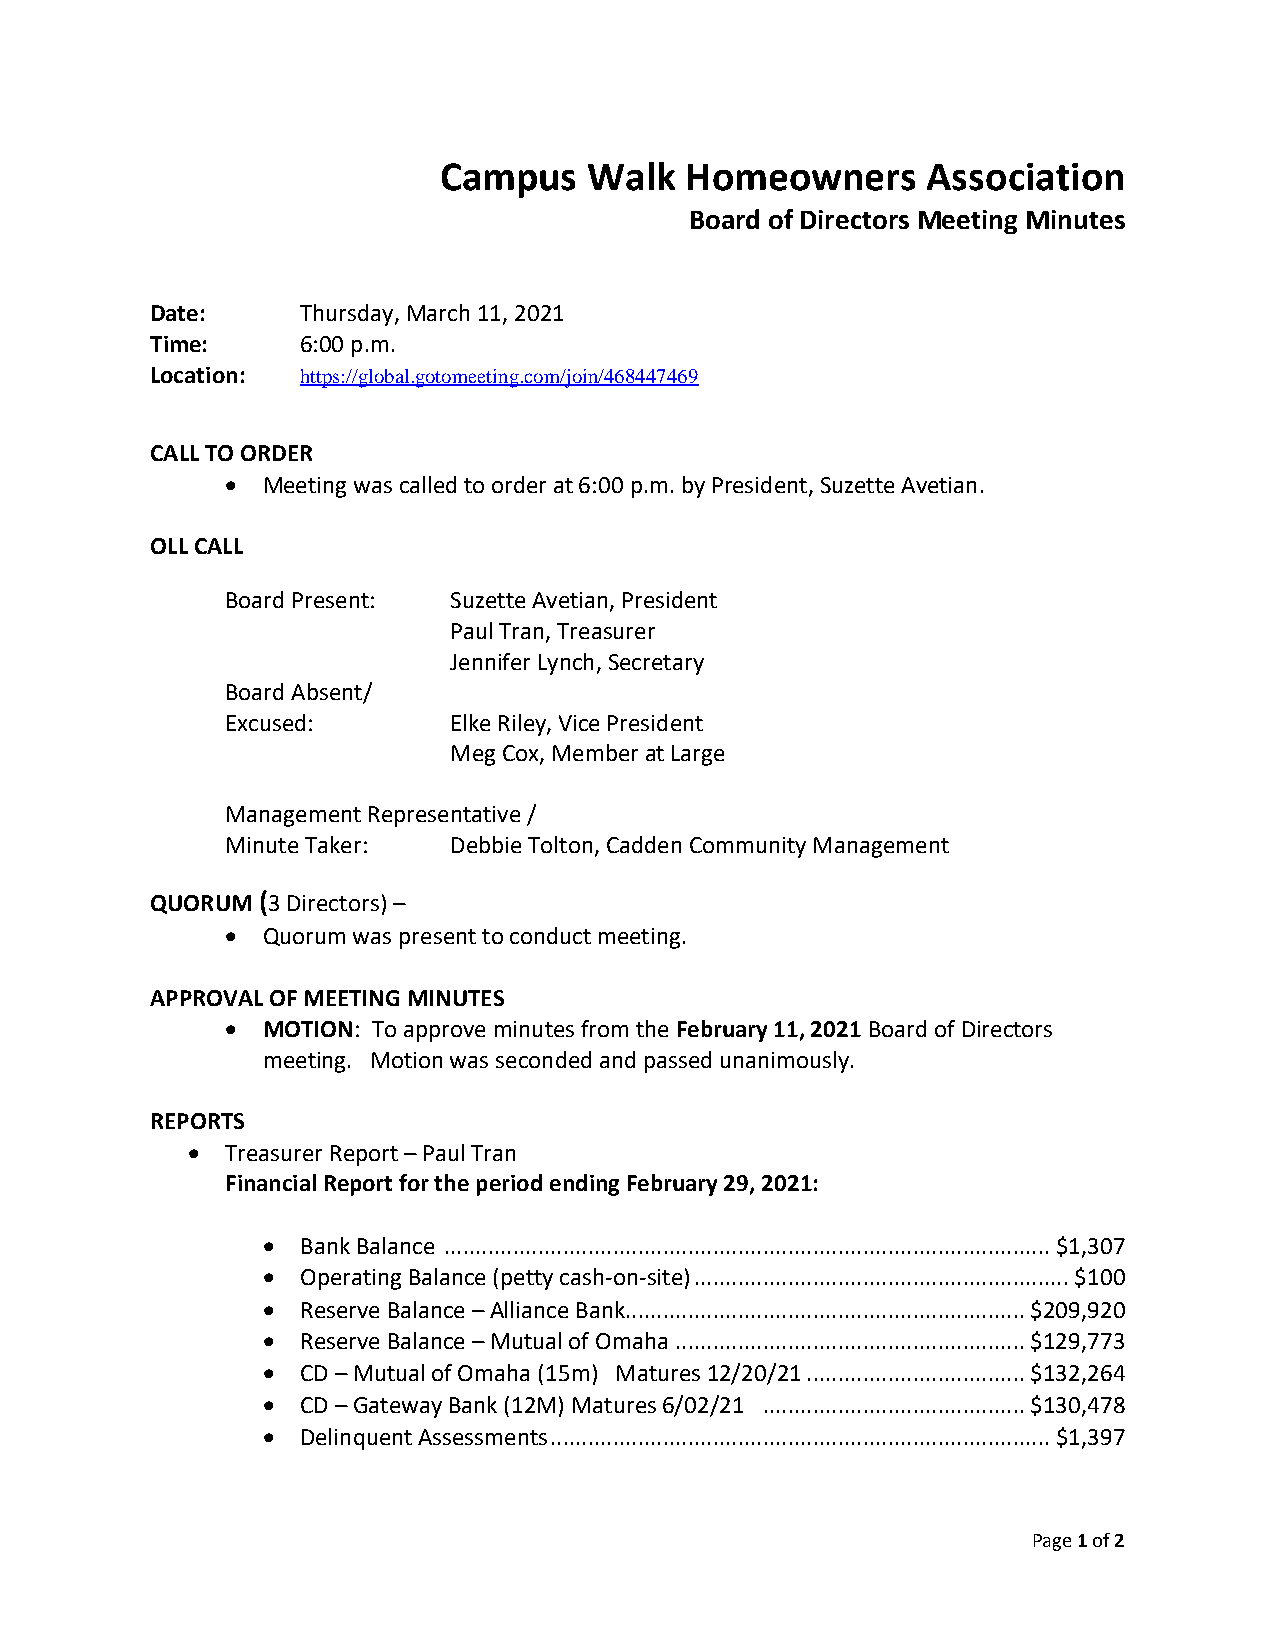
Campus    Walk  Homeowners      Association
 Board of Directors Meeting Minutes
 Date:     Thursday, March 11, 2021
 Time:     6:00 p.m.
 Location: https://global.gotomeeting.com/join/468447469
 CALL TO ORDER
  Meeting was called to order at 6:00 p.m. by President, Suzette Avetian.
 OLL CALL
 Board Present: Suzette Avetian, President
 Paul Tran, Treasurer
 Jennifer Lynch, Secretary
 Board Absent/
 Excused:       Elke Riley, Vice President
 Meg Cox, Member at Large
 Management Representative /
 Minute Taker:  Debbie Tolton, Cadden Community Management
 QUORUM (3 Directors) –
  Quorum was present to conduct meeting.
 APPROVAL OF MEETING MINUTES
  MOTION: To approve minutes from the February 11, 2021 Board of Directors
 meeting. Motion was seconded and passed unanimously.
 REPORTS
   Treasurer Report – Paul Tran
 Financial Report for the period ending February 29, 2021:
   Bank Balance ................................................................................................. $1,307
   Operating Balance (petty cash-on-site) ............................................................ $100
   Reserve Balance – Alliance Bank................................................................ $209,920
   Reserve Balance – Mutual of Omaha ........................................................ $129,773
   CD – Mutual of Omaha (15m) Matures 12/20/21 ................................... $132,264
   CD – Gateway Bank (12M) Matures 6/02/21 .......................................... $130,478
   Delinquent Assessments ................................................................................ $1,397
 Page 1 of 2